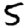
Digit: 5